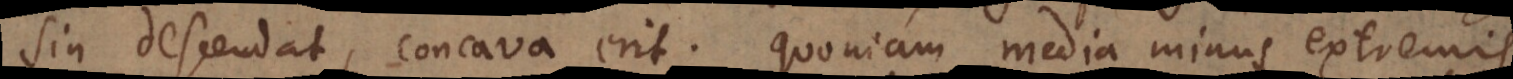
sin descendat, concava erit. Quoniam media minus extremis